画像に写った文字を読んでください
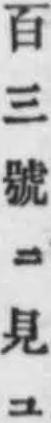
「百三號ニ見ユ」と書いてあります